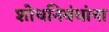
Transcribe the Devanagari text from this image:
शोधनिबंधांना